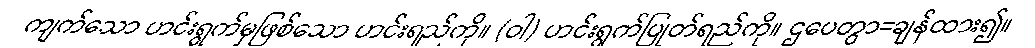
ကျက်သော ဟင်းရွက်မှဖြစ်သော ဟင်းရည်ကို။ (ဝါ) ဟင်းရွက်ပြုတ်ရည်ကို။ ဌပေတွာ=ချန်ထား၍။